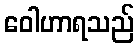
ဝေါဟာရသည်